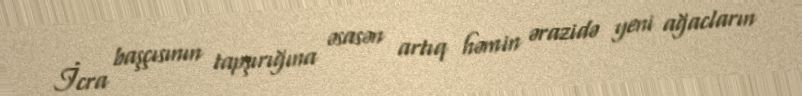
İcra başçısının tapşırığına əsasən artıq həmin ərazidə yeni ağacların